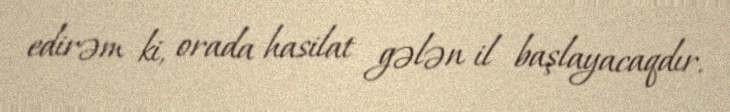
edirəm ki, orada hasilat gələn il başlayacaqdır.